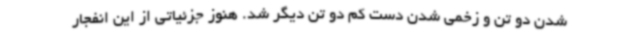
شدن دو تن و زخمی شدن دست کم دو تن دیگر شد. هنوز جزئیاتی از این انفجار